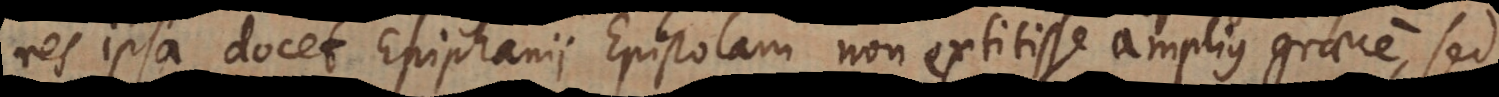
res ipsa docet Epiphanii Epistolam non extitisse amplius graece, sed